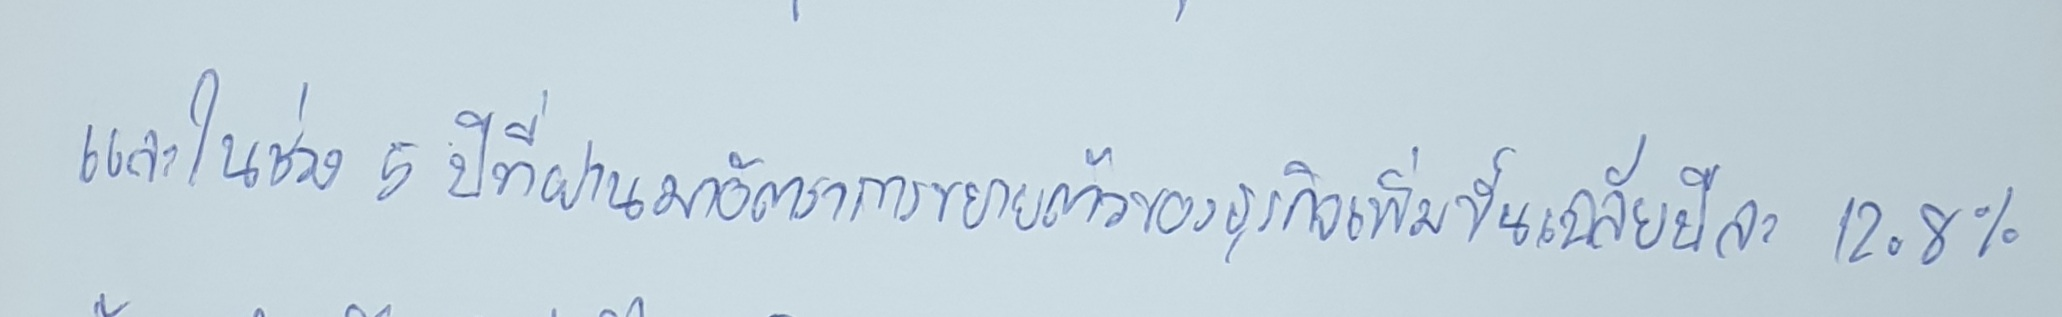
และในช่วง5ปีที่ผ่านมาอัตราการขยายตัวของธุรกิจเพิ่มขึ้นเฉลี่ยปีละ12.8%